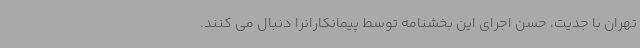
تهران با جدیت، حسن اجرای این بخشنامه توسط پیمانکارانرا دنبال می کنند.